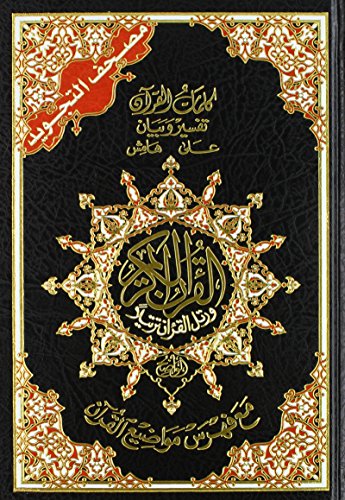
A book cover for Tajweed Qur'an (Whole Qur'an, Large Size) (Arabic); Dar Al-Ma'arifah; Religion & Spirituality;